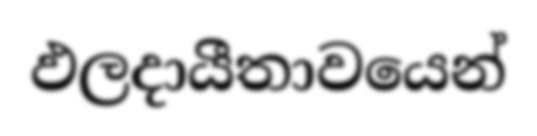
ඵලදායීතාවයෙන්